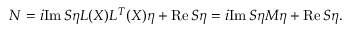
{ \cal N } = i \mathrm { I m } \, S \eta L ( X ) L ^ { T } ( X ) \eta + \mathrm { R e } \, S \eta = i \mathrm { I m } \, S \eta M \eta + \mathrm { R e } \, S \eta .